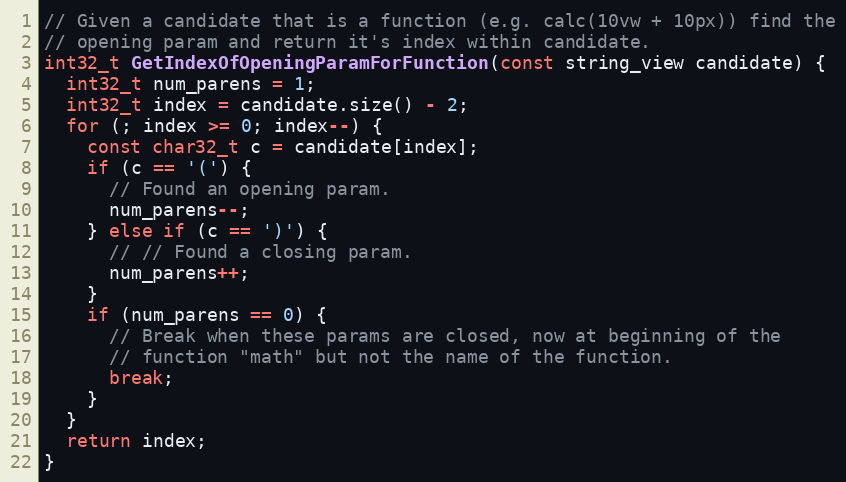
Language: C++
// Given a candidate that is a function (e.g. calc(10vw + 10px)) find the
// opening param and return it's index within candidate.
int32_t GetIndexOfOpeningParamForFunction(const string_view candidate) {
  int32_t num_parens = 1;
  int32_t index = candidate.size() - 2;
  for (; index >= 0; index--) {
    const char32_t c = candidate[index];
    if (c == '(') {
      // Found an opening param.
      num_parens--;
    } else if (c == ')') {
      // // Found a closing param.
      num_parens++;
    }
    if (num_parens == 0) {
      // Break when these params are closed, now at beginning of the
      // function "math" but not the name of the function.
      break;
    }
  }
  return index;
}